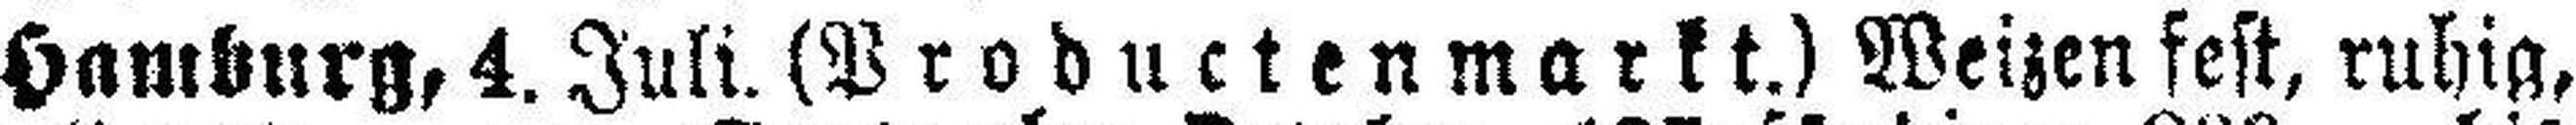
Hamburg, 4. Juli. (Productenmarkt.) Weizen fest, ruhig,